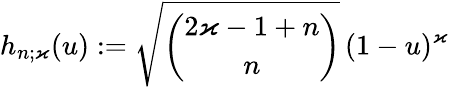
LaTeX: h_{n;\varkappa}(u):=\sqrt{\binom{2\varkappa-1+n}{n}}\, (1-u)^{\varkappa}